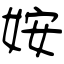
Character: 姲